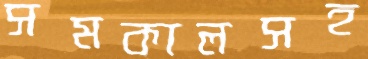
সমকালসহ